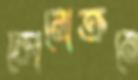
কোনোক্রমে